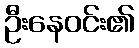
ဦးနေဝင်း၏